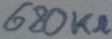
Text: 680KΩ